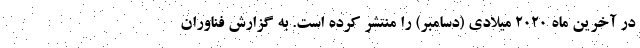
در آخرین ماه ۲۰۲۰ میلادی (دسامبر) را منتشر کرده است. به گزارش فناوران